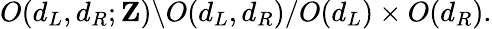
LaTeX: O(d_{L},d_{R};{\mathbf Z})\backslash O(d_{L},d_{R})/O(d_{L})\times O(d_{R}).